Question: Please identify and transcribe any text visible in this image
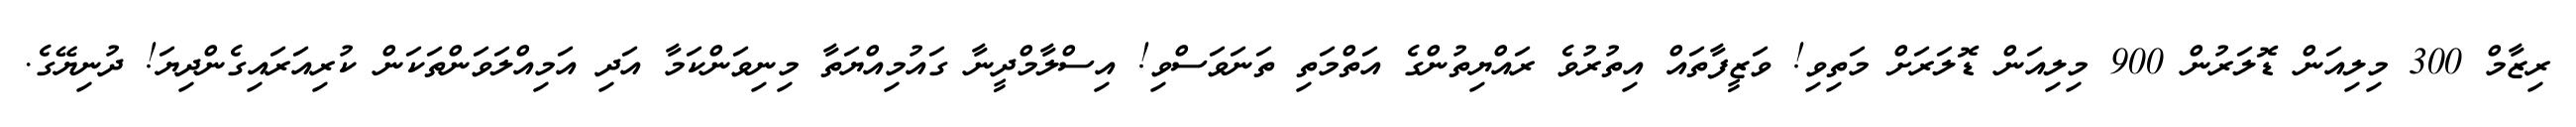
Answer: ރިޒާމް 300 މިލިއަން ޑޮލަރުން 900 މިލިއަން ޑޮލަރަށް މަތިވި! ވަޒީފާތައް އިތުރުވެ ރައްޔިތުންގެ އަތްމަތި ތަނަވަސްވި! އިސްލާމްދީނާ ގައުމިއްޔަތާ މިނިވަންކަމާ އަދި އަމިއްލަވަންތަކަން ކުރިއަރައިގެންދިޔަ! ދުނިޔޭގެ.